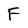
Character: F